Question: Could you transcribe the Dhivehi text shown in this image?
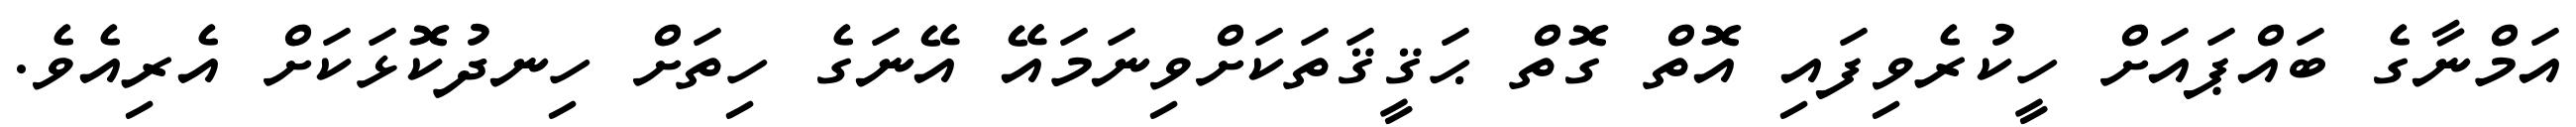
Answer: އަމްނާގެ ބައްޕައަށް ހީކުރެވިފައި އޮތް ގޮތް ޙަޤީޤަތަކަށްވިނަމައޭ އޭނަގެ ހިތަށް ހިނދުކޮޅަކަށް އެރިއެވެ.